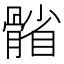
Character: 𩩭